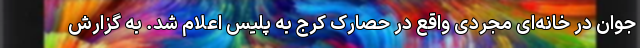
جوان در خانه‌ای مجردی واقع در حصارک کرج به پلیس اعلام شد. به گزارش